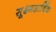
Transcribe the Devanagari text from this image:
सूक्ष्मआर्थिक